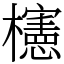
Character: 櫶